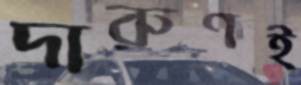
দারুণই